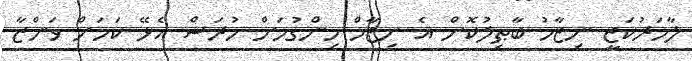
ލާމަރުކަޒީ ނިޒާމު ބާޠިލުކޮށް އެ ނިޒާމް ހިންގުމަށް ހުރަސް އެޅޭ ކަމަށް ވަންޏާ